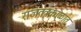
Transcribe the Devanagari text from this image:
राजतंत्रकाळात